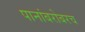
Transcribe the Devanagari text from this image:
पानांबरोबरच